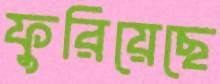
ফুরিয়েছে